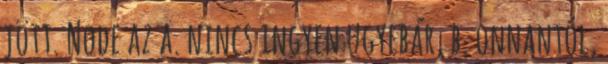
jött. Node az a. nincs ingyen ugyebár, b. onnantól,